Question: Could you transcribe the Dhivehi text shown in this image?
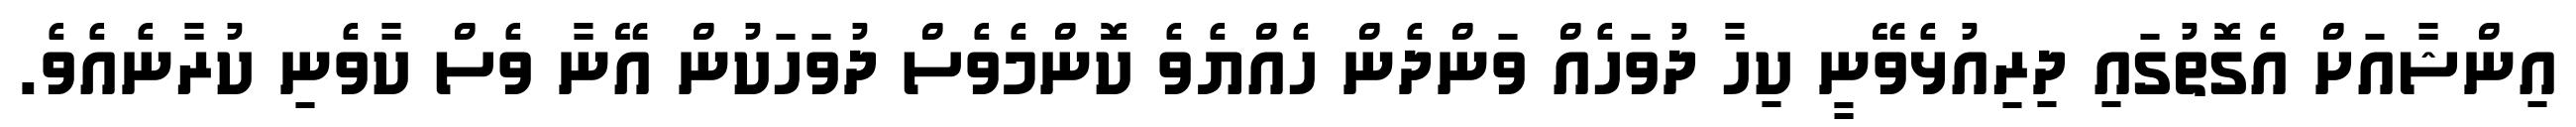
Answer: އިންޝާއަށް އެގޮތުގައި ދިރިއުޅެވޭނީ ކިހާ ދުވަހެއް ވަންދެން ހެއްޔެވެ ކޮންމެވެސް ދުވަހަކުން އޭނާ ވެސް ކާވެނި ކުރާނެއެވެ.